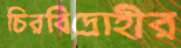
চিরবিদ্রোহীর